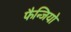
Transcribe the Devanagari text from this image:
फैन्जियो